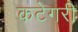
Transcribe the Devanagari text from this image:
कटेगरी